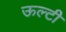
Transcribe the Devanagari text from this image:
ऊल्टी